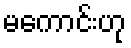
မကောင်းဟု